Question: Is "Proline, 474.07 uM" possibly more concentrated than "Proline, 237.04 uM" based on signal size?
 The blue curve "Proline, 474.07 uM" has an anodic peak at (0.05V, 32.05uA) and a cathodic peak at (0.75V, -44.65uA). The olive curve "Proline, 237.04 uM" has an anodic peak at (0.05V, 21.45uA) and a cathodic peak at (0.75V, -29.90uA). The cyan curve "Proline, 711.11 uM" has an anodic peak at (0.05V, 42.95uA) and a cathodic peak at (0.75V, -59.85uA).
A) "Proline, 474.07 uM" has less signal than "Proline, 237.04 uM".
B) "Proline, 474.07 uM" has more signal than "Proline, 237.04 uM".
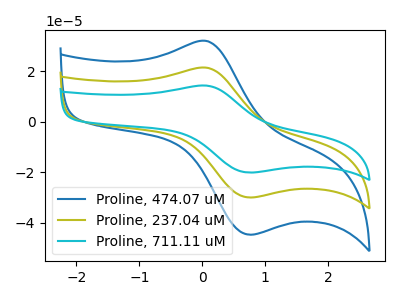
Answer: <think>All the peaks in "Proline, 474.07 uM" have a peak in "Proline, 237.04 uM" at the same potential. Every peak in "Proline, 474.07 uM" is higher than every peak in "Proline, 237.04 uM".
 </think>
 <answer>B) "Proline, 474.07 uM" has more signal than "Proline, 237.04 uM".</answer>
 <eval>B</eval>